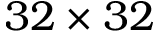
3 2 \times 3 2